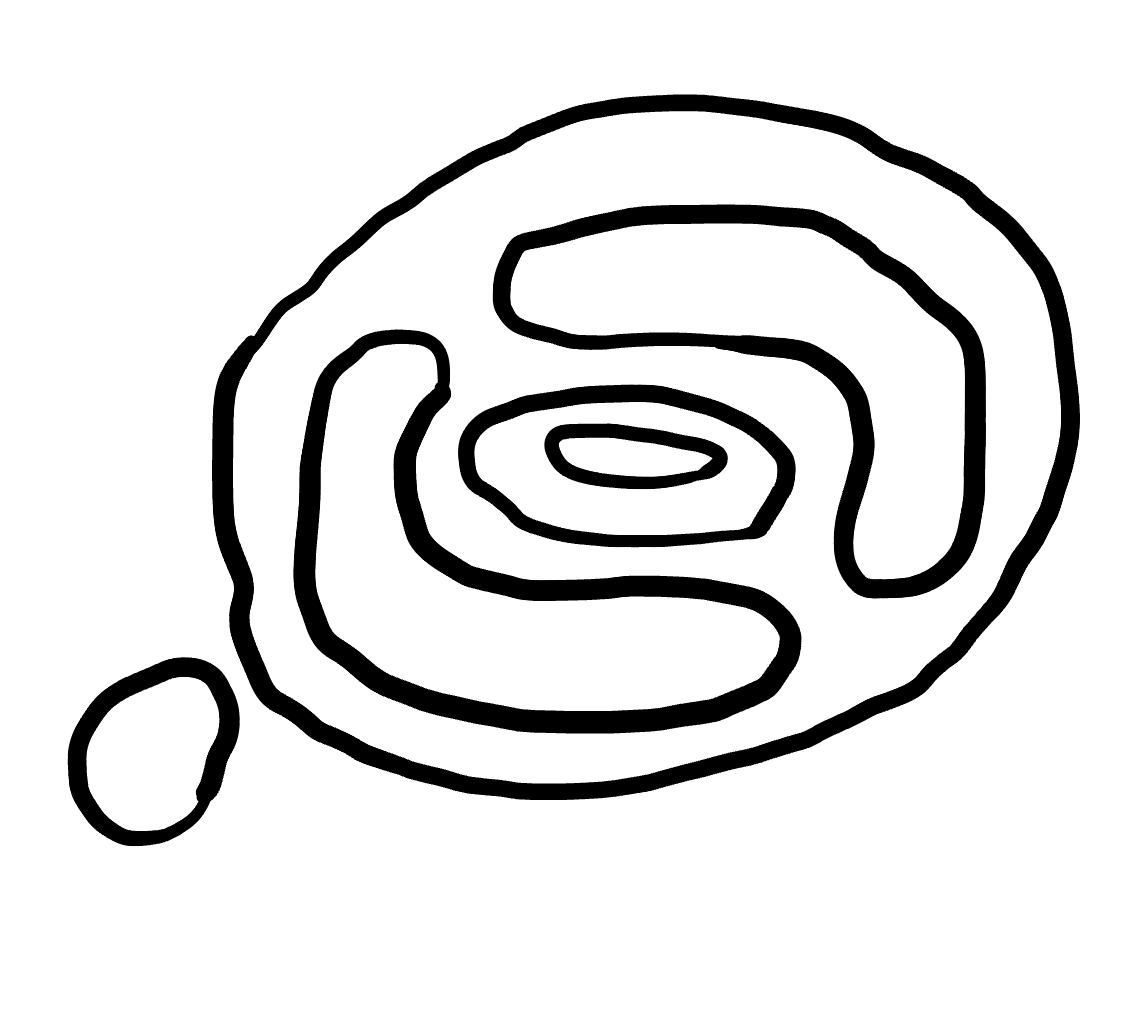
Number of regions (including the outer root region): 7
Containment tree edges (parent, child): 0, 1, 0, 2, 2, 3, 2, 5, 2, 6, 3, 4